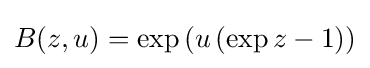
B(z,u)=\exp \left(u\left(\exp z-1\right)\right)